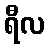
ရီလ